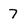
Character: 7